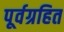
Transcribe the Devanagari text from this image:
पूर्वग्रहित